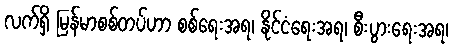
လက်ရှိ မြန်မာစစ်တပ်ဟာ စစ်ရေးအရ၊ နိုင်ငံရေးအရ၊ စီးပွားရေးအရ၊